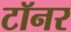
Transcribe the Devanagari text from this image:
टॉनर